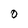
Character: O